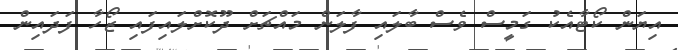
އިޔަން ކޯޓާއެކު ގަމީސް ވެސް ބާލައި ފާލަން މައްޗަށް ދޫކޮށްލައިފައި ޒޯހާ ފަދައިން